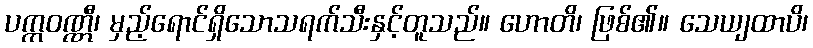
ပက္ကဝဏ္ဏီ၊ မှည့်ရောင်ရှိသောသရက်သီးနှင့်တူသည်။ ဟောတိ၊ ဖြစ်၏။ သေယျထာပိ၊